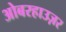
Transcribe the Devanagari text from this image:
ओबरहाउज़र